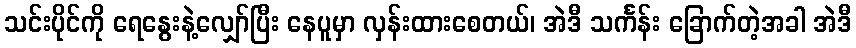
သင်းပိုင်ကို ရေနွေးနဲ့လျှော်ပြီး နေပူမှာ လှန်းထားစေတယ်၊ အဲဒီ သင်္ကန်း ခြောက်တဲ့အခါ အဲဒီ